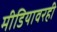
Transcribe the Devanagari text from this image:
मीडियावरही